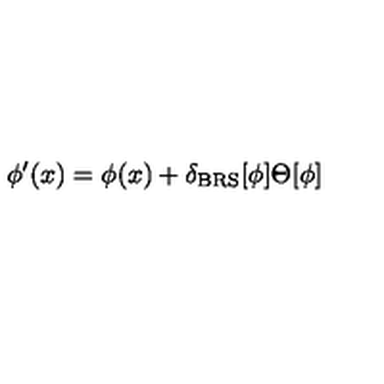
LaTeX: \phi ^ { \prime } ( x ) = \phi ( x ) + \delta _ { \mathrm { B R S } } [ \phi ] \Theta [ \phi ]